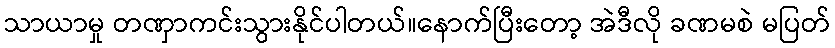
သာယာမှု တဏှာကင်းသွားနိုင်ပါတယ်။နောက်ပြီးတော့ အဲဒီလို ခဏမစဲ မပြတ်